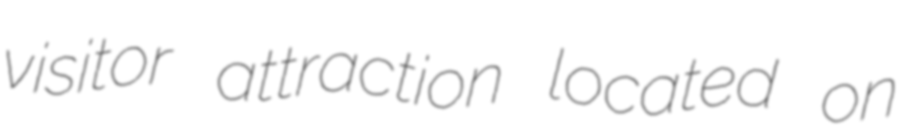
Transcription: visitor attraction located on